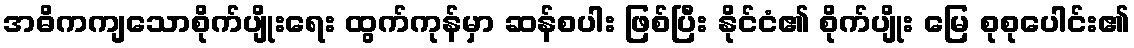
အဓိကကျသောစိုက်ပျိုးရေး ထွက်ကုန်မှာ ဆန်စပါး ဖြစ်ပြီး နိုင်ငံ၏ စိုက်ပျိုး မြေ စုစုပေါင်း၏